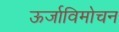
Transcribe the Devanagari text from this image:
ऊर्जाविमोचन